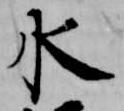
水